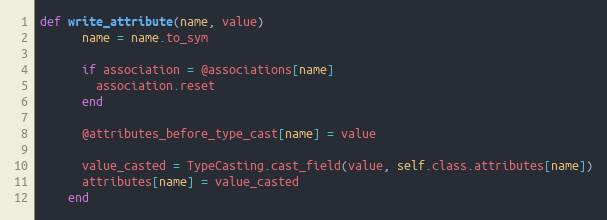
Language: Ruby
def write_attribute(name, value)
      name = name.to_sym

      if association = @associations[name]
        association.reset
      end

      @attributes_before_type_cast[name] = value

      value_casted = TypeCasting.cast_field(value, self.class.attributes[name])
      attributes[name] = value_casted
    end